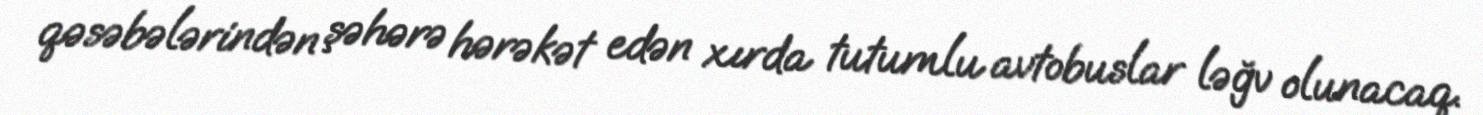
qəsəbələrindən şəhərə hərəkət edən xırda tutumlu avtobuslar ləğv olunacaq.